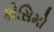
કોસિમો